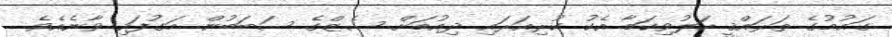
ގައުމުގެ ތަރައްޤީ ހަލުވިކަމާ އެކު ކުރިއަރައި ދިއުމަށް ސެޒްގެ ސަބަބުން މަގުފަހި ވާނެއެވެ.